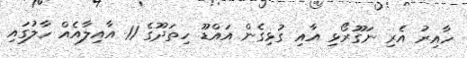
ހާއިރު އެރި ނަގޫރޯޅި އާއި ގުޅިގެން އައްޑޫ ހިތަދޫގެ 11 އާއިލާއެއް ހާލުގައި